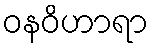
ဝနဝိဟာရာ